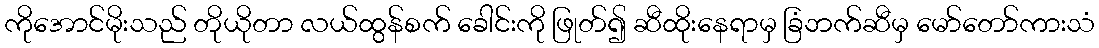
ကိုအောင်မိုးသည် တိုယိုတာ လယ်ထွန်စက် ခေါင်းကို ဖြုတ်၍ ဆီထိုးနေရာမှ ခြံဘက်ဆီမှ မော်တော်ကားသံ